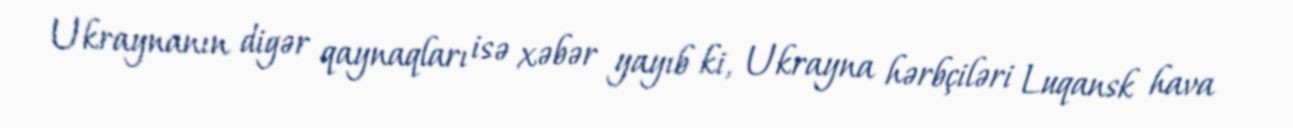
Ukraynanın digər qaynaqları isə xəbər yayıb ki, Ukrayna hərbçiləri Luqansk hava